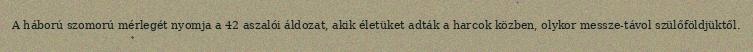
A háború szomorú mérlegét nyomja a 42 aszalói áldozat, akik életüket adták a harcok közben, olykor messze-távol szülőföldjüktől.